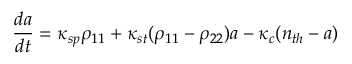
\frac { d a } { d t } = \kappa _ { s p } \rho _ { 1 1 } + \kappa _ { s t } ( \rho _ { 1 1 } - \rho _ { 2 2 } ) a - \kappa _ { c } ( n _ { t h } - a )